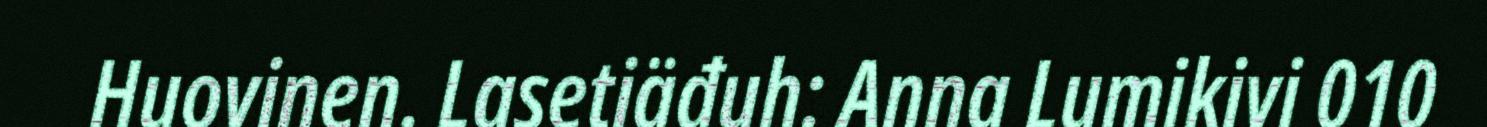
Huovinen. Lasetiäđuh: Anna Lumikivi 010